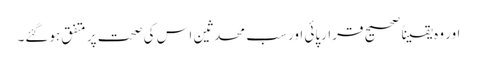
اور وہ یقیناً صحیح قرارپائی اور سب محدثین اس کی صحت پر متفق ہوگئے۔